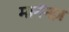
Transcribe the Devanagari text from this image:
मानॅनज़